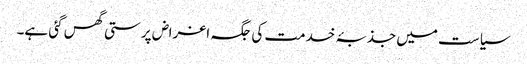
سیاست میں جذبۂ خدمت کی جگہ اغراض پرستی گھس گئی ہے۔